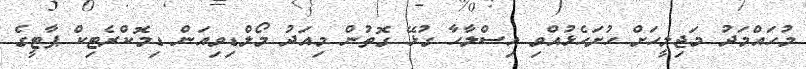
މުހައްމަދު މަޖިލީހަށް ހުށަހެޅުއްވި އިސްލާހާ ގުޅޭ ގޮތުން މިއަދު މޯލްޑިވިއަން ޑިމޮކްރެޓިކް ޕާޓީގެ